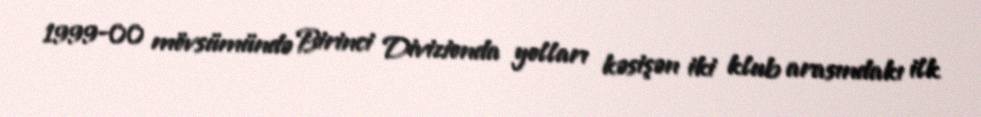
1999-00 mövsümündə Birinci Divizionda yolları kəsişən iki klub arasındakı ilk